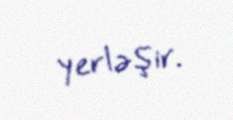
yerləşir.